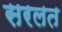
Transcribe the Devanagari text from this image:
सरलत